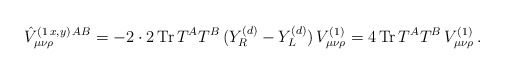
\begin{align*}\hat{V}_{\mu\nu\rho}^{(1\,x,y)\,AB}=-2\cdot 2\,{\rm Tr}\,T^AT^B\,(Y_R^{(d)}-Y_L^{(d)})\, V_{\mu\nu\rho}^{(1)}=4\,{\rm Tr}\,T^AT^B\,V_{\mu\nu\rho}^{(1)}\, . \end{align*}